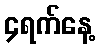
၄ရက်နေ့